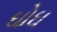
ઘોઘ